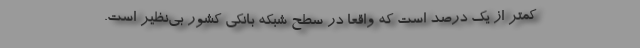
کمتر از یک درصد است که واقعاً در سطح شبکه بانکی کشور بی‌نظیر است.